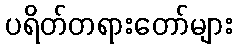
ပရိတ်တရားတော်များ